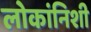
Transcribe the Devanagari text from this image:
लोकांनिशी